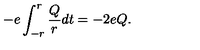
- e \int _ { - r } ^ { r } \frac { Q } { r } d t = - 2 e Q .